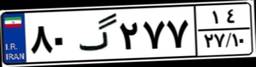
۸۰گ۲۷۷۱۴